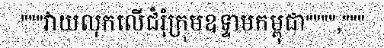
"""វាយលុកលើជំរុំក្រុមឧទ្ទាមកម្ពុជា"""","""